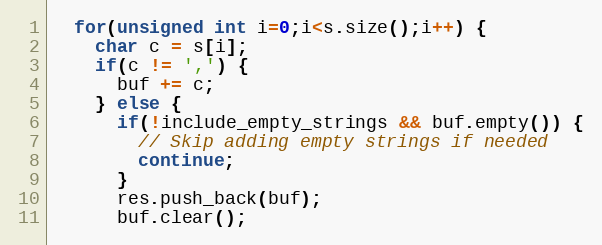
Language: C++
  for(unsigned int i=0;i<s.size();i++) {
    char c = s[i];
    if(c != ',') {
      buf += c;
    } else {
      if(!include_empty_strings && buf.empty()) {
        // Skip adding empty strings if needed
        continue;
      }
      res.push_back(buf);
      buf.clear();